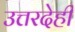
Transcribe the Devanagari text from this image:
उत्तरदेही